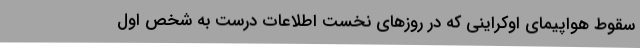
سقوط هواپیمای اوکراینی که در روزهای نخست اطلاعات درست به شخص اول